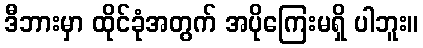
ဒီဘားမှာ ထိုင်ခုံအတွက် အပိုကြေးမရှိ ပါဘူး။